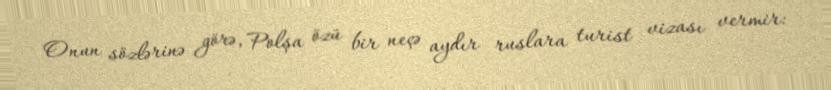
Onun sözlərinə görə, Polşa özü bir neçə aydır ruslara turist vizası vermir: